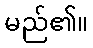
မည်၏။